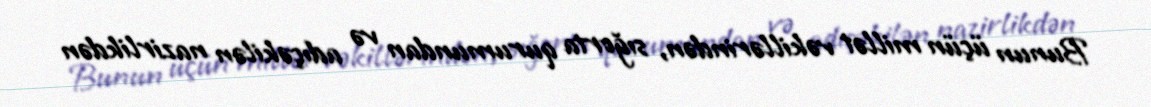
Bunun üçün millət vəkillərindən, sığorta qurumundan və adıçəkilən nazirlikdən